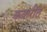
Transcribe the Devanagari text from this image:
ककरीत